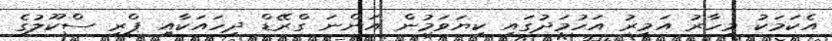
އެކަމަކު މިހާރު އަމީރު އަހުމަދުގައި ކިޔަވަމުން އަންނަ ގްރޭޑް ދިހައަކާއި ޕްރީ ސްކޫލުގެ